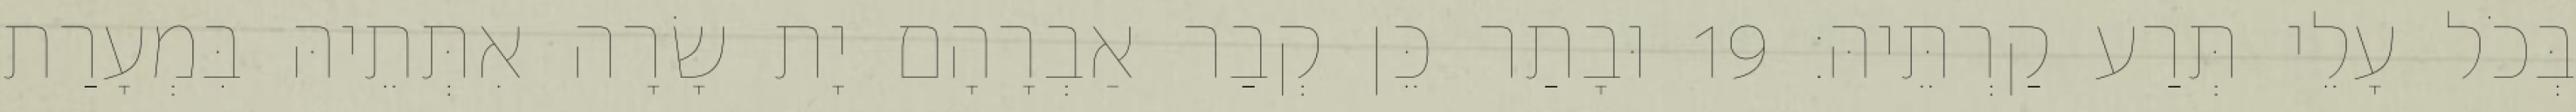
בְּכֹל עָלֵי תְּרַע קַרְתֵּיהּ׃ 19 וּבָתַר כֵּן קְבַר אַבְרָהָם יָת שָׂרָה אִתְּתֵיהּ בִּמְעָרַת